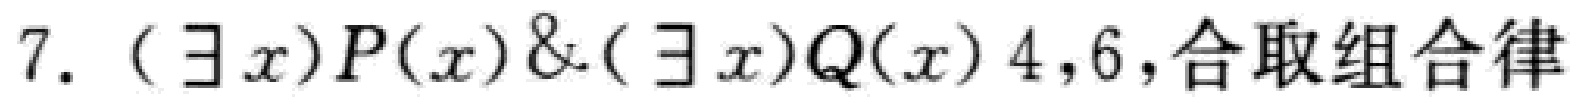
$7. (\exists x)P(x)\&(\exists x)Q(x)\ 4,6,\text{合取组合律}$